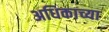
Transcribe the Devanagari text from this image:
अधिकाच्या